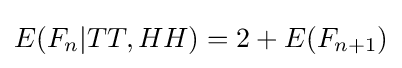
E(F_{n}|TT,HH)=2+E(F_{n+1})